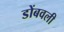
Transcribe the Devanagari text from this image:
डोंबवली